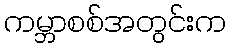
ကမ္ဘာစစ်အတွင်းက